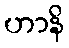
ဟာနိ